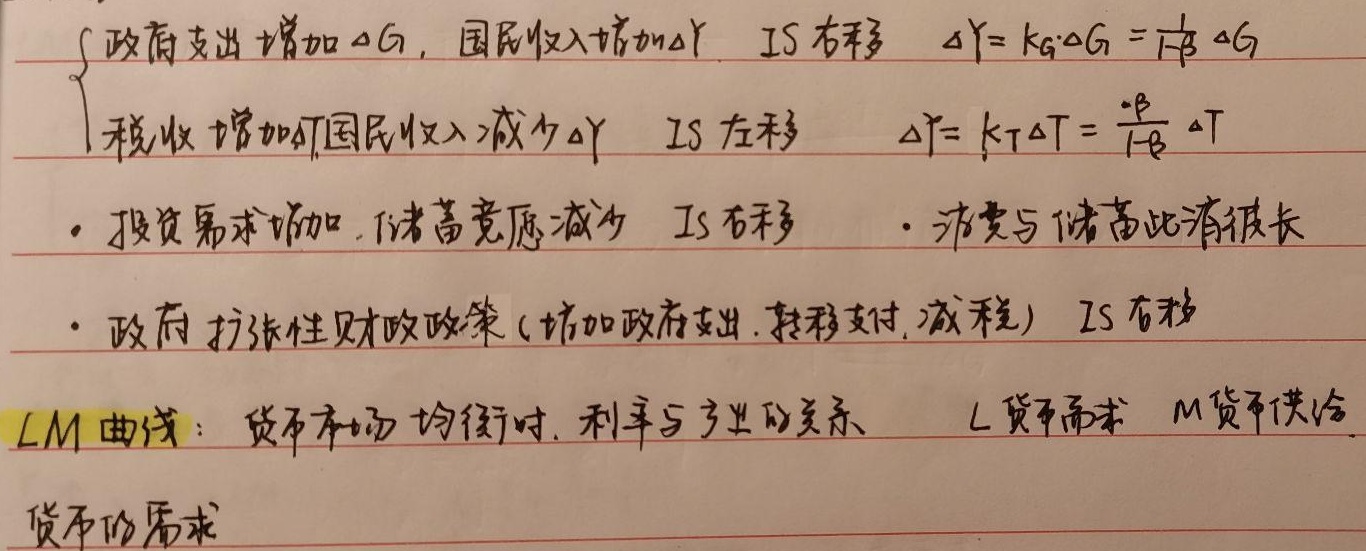
- 政府支出增加\(\Delta G\)，国民收入增加\(\Delta Y\)，\(IS\)右移 ，\(\Delta Y = k_G\Delta G=\frac{1}{1 - \beta}\Delta G\)；税收增加\(\Delta T\)，国民收入减少\(\Delta Y\)，\(IS\)左移 ，\(\Delta Y = k_T\Delta T=\frac{-\beta}{1 - \beta}\Delta T\)，用公式表示为：
\[
\begin{cases}
\text{政府支出增加 }\Delta G\text{，国民收入增加 }\Delta Y\text{，}IS\text{ 右移} \quad \Delta Y = k_G\Delta G=\frac{1}{1 - \beta}\Delta G\\
\text{税收增加 }\Delta T\text{，国民收入减少 }\Delta Y\text{，}IS\text{ 左移} \quad \Delta Y = k_T\Delta T=\frac{-\beta}{1 - \beta}\Delta T
\end{cases}
\]
- 投资需求增加，储蓄意愿减少，\(IS\)右移 。
- 消费与储蓄此消彼长。
- 政府扩张性财政政策(增加政府支出、转移支付、减税)，\(IS\)右移。

\(LM\)曲线：货币市场均衡时，利率与产出的关系 。\(L\)表示货币需求，\(M\)表示货币供给。货币的需求 。